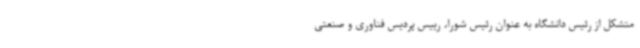
متشکل از رئیس دانشگاه به عنوان رئیس شورا، رییس پردیس فناوری و صنعتی